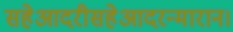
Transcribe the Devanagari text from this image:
सहेआदरीसहेआदरन्मारान।